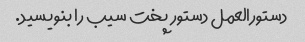
دستورالعمل دستور پخت سیب را بنویسید.